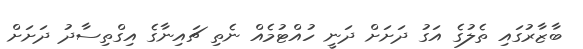
ބާޒާރުގައި ތެލުގެ އަގު ދަށަށް ދަނީ ހުއްޓުމެއް ނެތި ޗައިނާގެ އިގްތިސާދު ދަށަށް